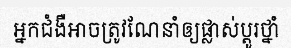
អ្នកជំងឺអាចត្រូវណែនាំឲ្យផ្លាស់ប្តូរថ្នាំ